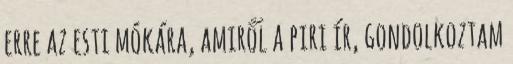
erre az esti mókára, amiről a piri ír, gondolkoztam